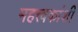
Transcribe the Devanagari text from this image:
महत्त्वकांशी